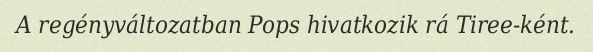
A regényváltozatban Pops hivatkozik rá Tiree-ként.